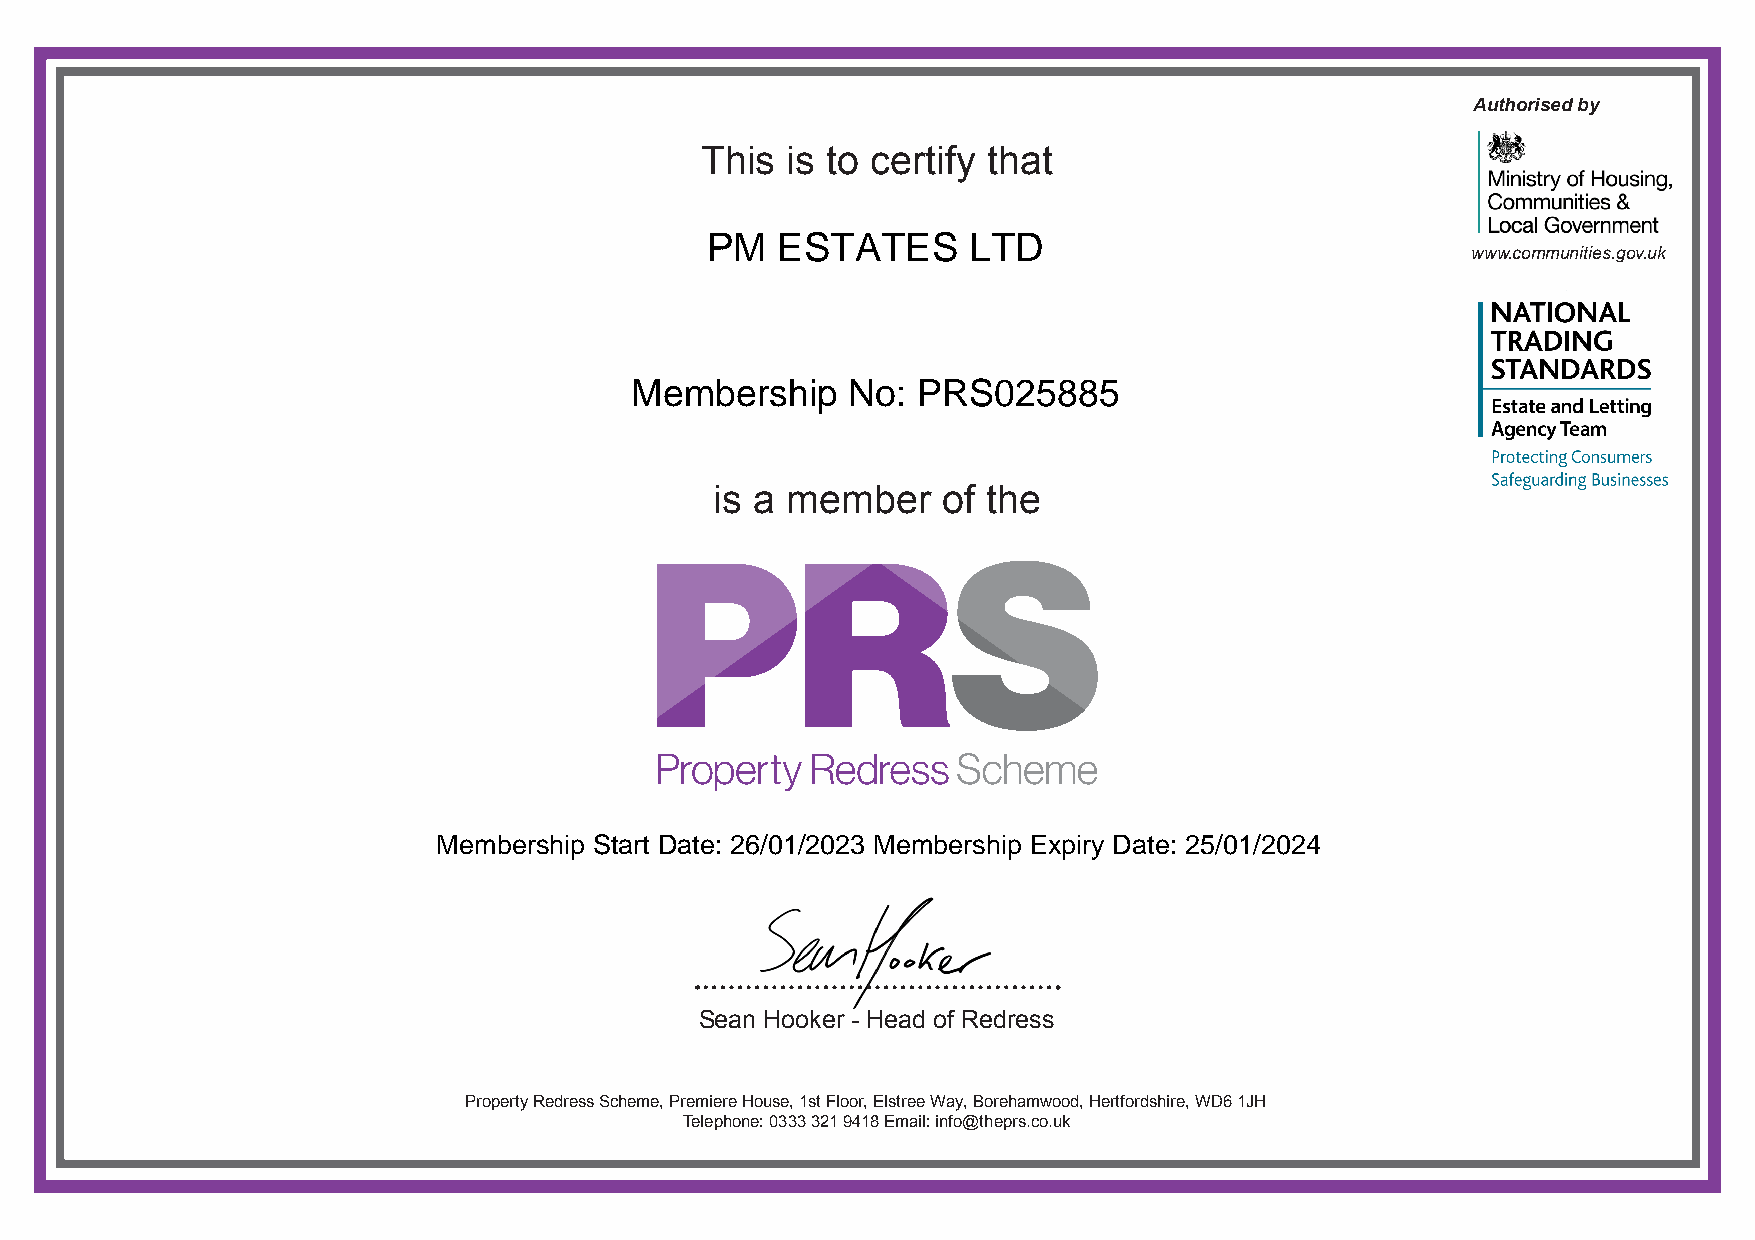
Authorised by
 This  is to certify that
 PM  ESTATES      LTD
 www.communities.gov.uk
 Membership    No:  PRS025885
 is a member    of the
 Membership Start Date: 26/01/2023 Membership Expiry Date: 25/01/2024
 Sean Hooker - Head of Redress
 Property Redress Scheme, Premiere House, 1st Floor, Elstree Way, Borehamwood, Hertfordshire, WD6 1JH
 Telephone: 0333 321 9418 Email: info@theprs.co.uk